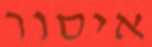
איסור